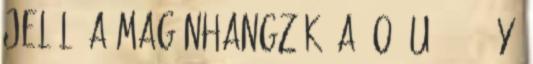
jelöl. A magánhangzók: a, o, u, ä, ö, y,